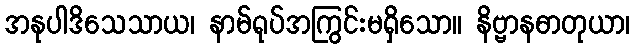
အနုပါဒိသေသာယ၊ နာမ်ရုပ်အကြွင်းမရှိသော။ နိဗ္ဗာနဓာတုယာ၊